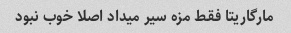
مارگاریتا فقط مزه سیر میداد اصلا خوب نبود